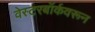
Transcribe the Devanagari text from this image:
वेस्टरबॉर्कवरून